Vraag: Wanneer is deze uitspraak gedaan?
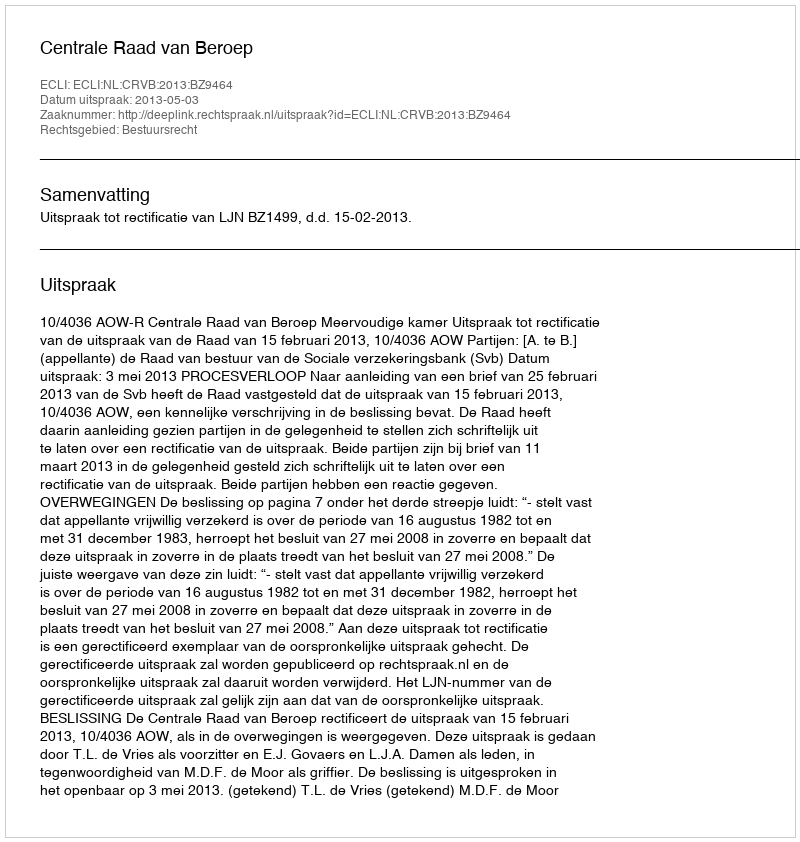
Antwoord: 2013-05-03